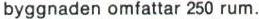
byggnaden omfattar 250 rum.